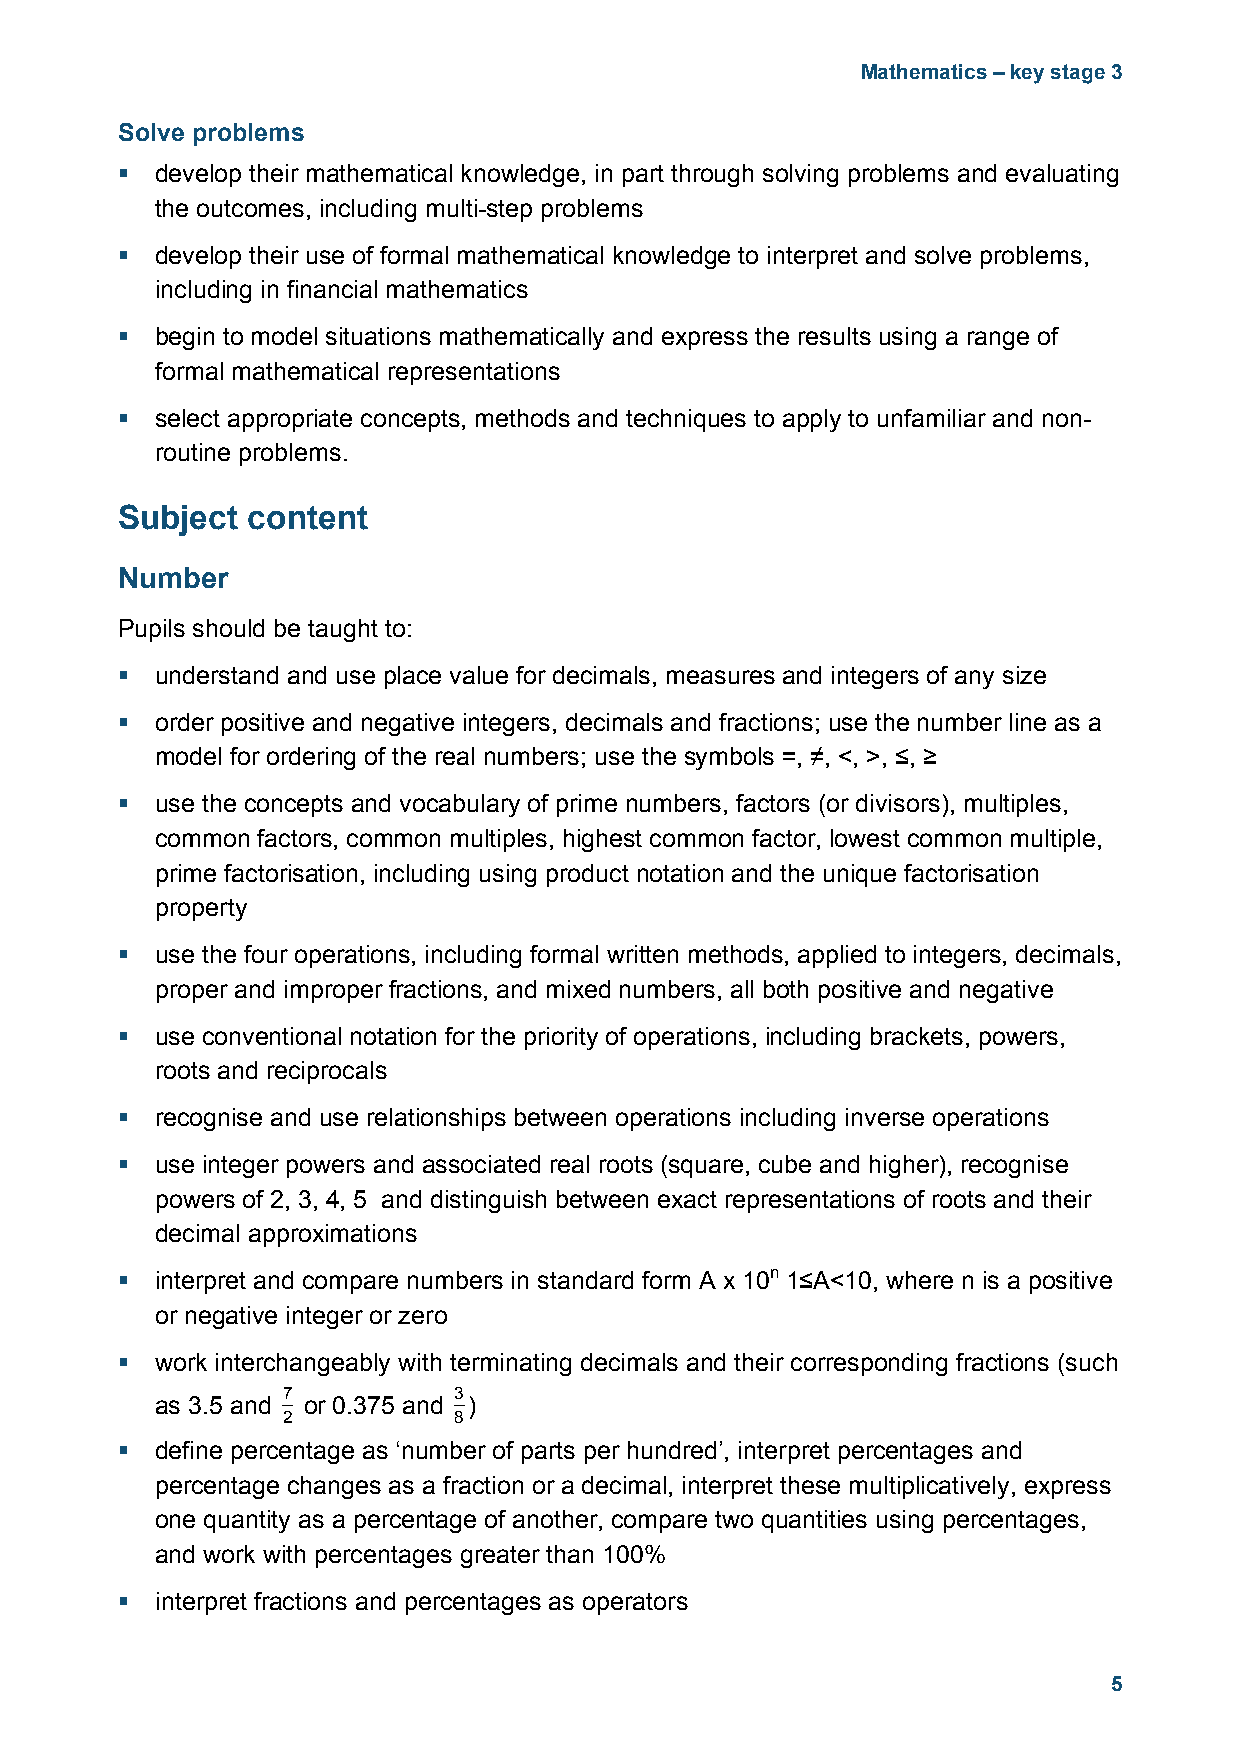
Mathematics – key stage 3
 Solve problems
  develop their mathematical knowledge, in part through solving problems and evaluating
 the outcomes, including multi-step problems
  develop their use of formal mathematical knowledge to interpret and solve problems,
 including in financial mathematics
  begin to model situations mathematically and express the results using a range of
 formal mathematical representations
  select appropriate concepts, methods and techniques to apply to unfamiliar and non-
 routine problems.
 Subject content
 Number
 Pupils should be taught to:
  understand and use place value for decimals, measures and integers of any size
  order positive and negative integers, decimals and fractions; use the number line as a
 model for ordering of the real numbers; use the symbols =, ≠, <, >, ≤, ≥
  use the concepts and vocabulary of prime numbers, factors (or divisors), multiples,
 common factors, common multiples, highest common factor, lowest common multiple,
 prime factorisation, including using product notation and the unique factorisation
 property
  use the four operations, including formal written methods, applied to integers, decimals,
 proper and improper fractions, and mixed numbers, all both positive and negative
  use conventional notation for the priority of operations, including brackets, powers,
 roots and reciprocals
  recognise and use relationships between operations including inverse operations
  use integer powers and associated real roots (square, cube and higher), recognise
 powers of 2, 3, 4, 5 and distinguish between exact representations of roots and their
 decimal approximations
  interpret and compare numbers in standard form A x 10n 1≤A<10, where n is a positive
 or negative integer or zero
  work interchangeably with terminating decimals and their corresponding fractions (such
 7          3
 as 3.5 and or 0.375 and )
 2          8
  define percentage as ‘number of parts per hundred’, interpret percentages and
 percentage changes as a fraction or a decimal, interpret these multiplicatively, express
 one quantity as a percentage of another, compare two quantities using percentages,
 and work with percentages greater than 100%
  interpret fractions and percentages as operators
 5